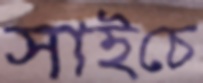
সাইচে